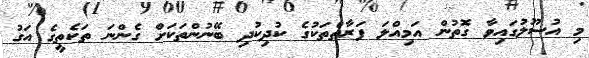
މި އުސޫލުގައިވާ ގޮތުން އަމިއްލަ ފަރާތްތަކުގެ ކުދިކުދި ބޭނުންތަކަށް ގެންނަ ތަކެތީގެ އަގު